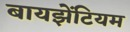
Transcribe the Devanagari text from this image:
बायझेंटियम